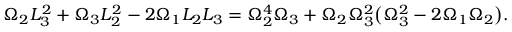
\Omega _ { 2 } L _ { 3 } ^ { 2 } + \Omega _ { 3 } L _ { 2 } ^ { 2 } - 2 \Omega _ { 1 } L _ { 2 } L _ { 3 } = \Omega _ { 2 } ^ { 4 } \Omega _ { 3 } + \Omega _ { 2 } \Omega _ { 3 } ^ { 2 } \big ( \Omega _ { 3 } ^ { 2 } - 2 \Omega _ { 1 } \Omega _ { 2 } \big ) .